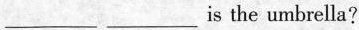
___ ___ is the umbrella?